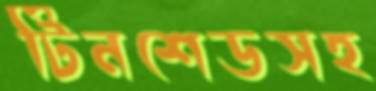
টিনশেডসহ